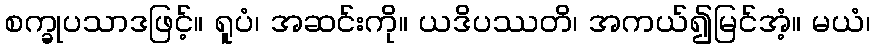
စက္ခုပသာဒဖြင့်။ ရူပံ၊ အဆင်းကို။ ယဒိပဿတိ၊ အကယ်၍မြင်အံ့။ မယံ၊